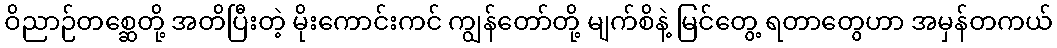
ဝိညာဉ်တစ္ဆေတို့ အတိပြီးတဲ့ မိုးကောင်းကင် ကျွန်တော်တို့ မျက်စိနဲ့ မြင်တွေ့ ရတာတွေဟာ အမှန်တကယ်